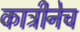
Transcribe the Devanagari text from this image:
कात्रीनेच